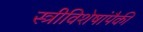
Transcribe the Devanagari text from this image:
स्त्रीविशेषांपैकी